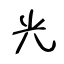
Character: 光